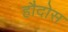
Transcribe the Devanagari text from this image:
हौदोस